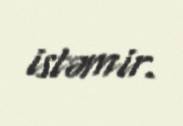
istəmir.